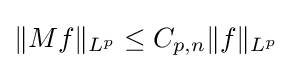
\|Mf\|_{L^{p}}\leq C_{p,n}\|f\|_{L^{p}}